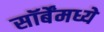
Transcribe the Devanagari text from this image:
सॉर्बेंमध्ये